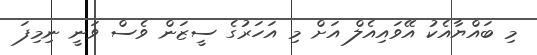
މި ބައްޔާއެކު އޭވައިއެލް އަށް މި އަހަރުގެ ސީޒަން ވެސް ވަނީ ނިމިފަ